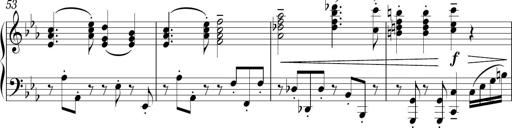
Title: Sonatina in E minor
Composer: Shuwen Zhang
Key: E minor